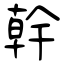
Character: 幹